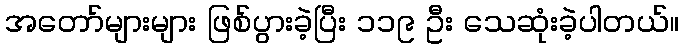
အတော်များများ ဖြစ်ပွားခဲ့ပြီး ၁၁၉ ဦး သေဆုံးခဲ့ပါတယ်။